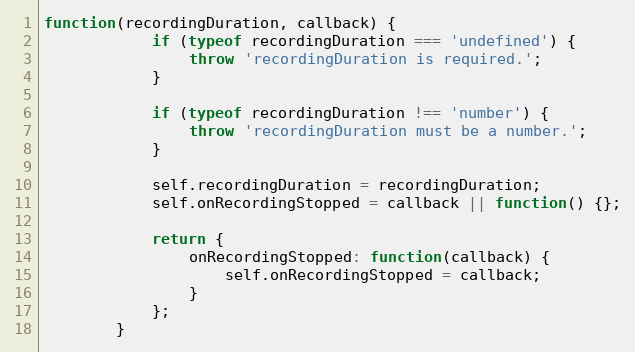
Language: JavaScript
function(recordingDuration, callback) {
            if (typeof recordingDuration === 'undefined') {
                throw 'recordingDuration is required.';
            }

            if (typeof recordingDuration !== 'number') {
                throw 'recordingDuration must be a number.';
            }

            self.recordingDuration = recordingDuration;
            self.onRecordingStopped = callback || function() {};

            return {
                onRecordingStopped: function(callback) {
                    self.onRecordingStopped = callback;
                }
            };
        }